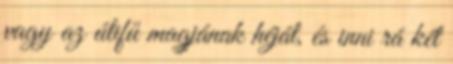
vagy az útifű magjának héját, és inni rá két